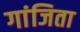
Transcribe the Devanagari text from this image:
गांजिता